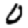
Digit: 0